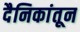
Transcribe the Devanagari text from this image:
दैनिकांतून